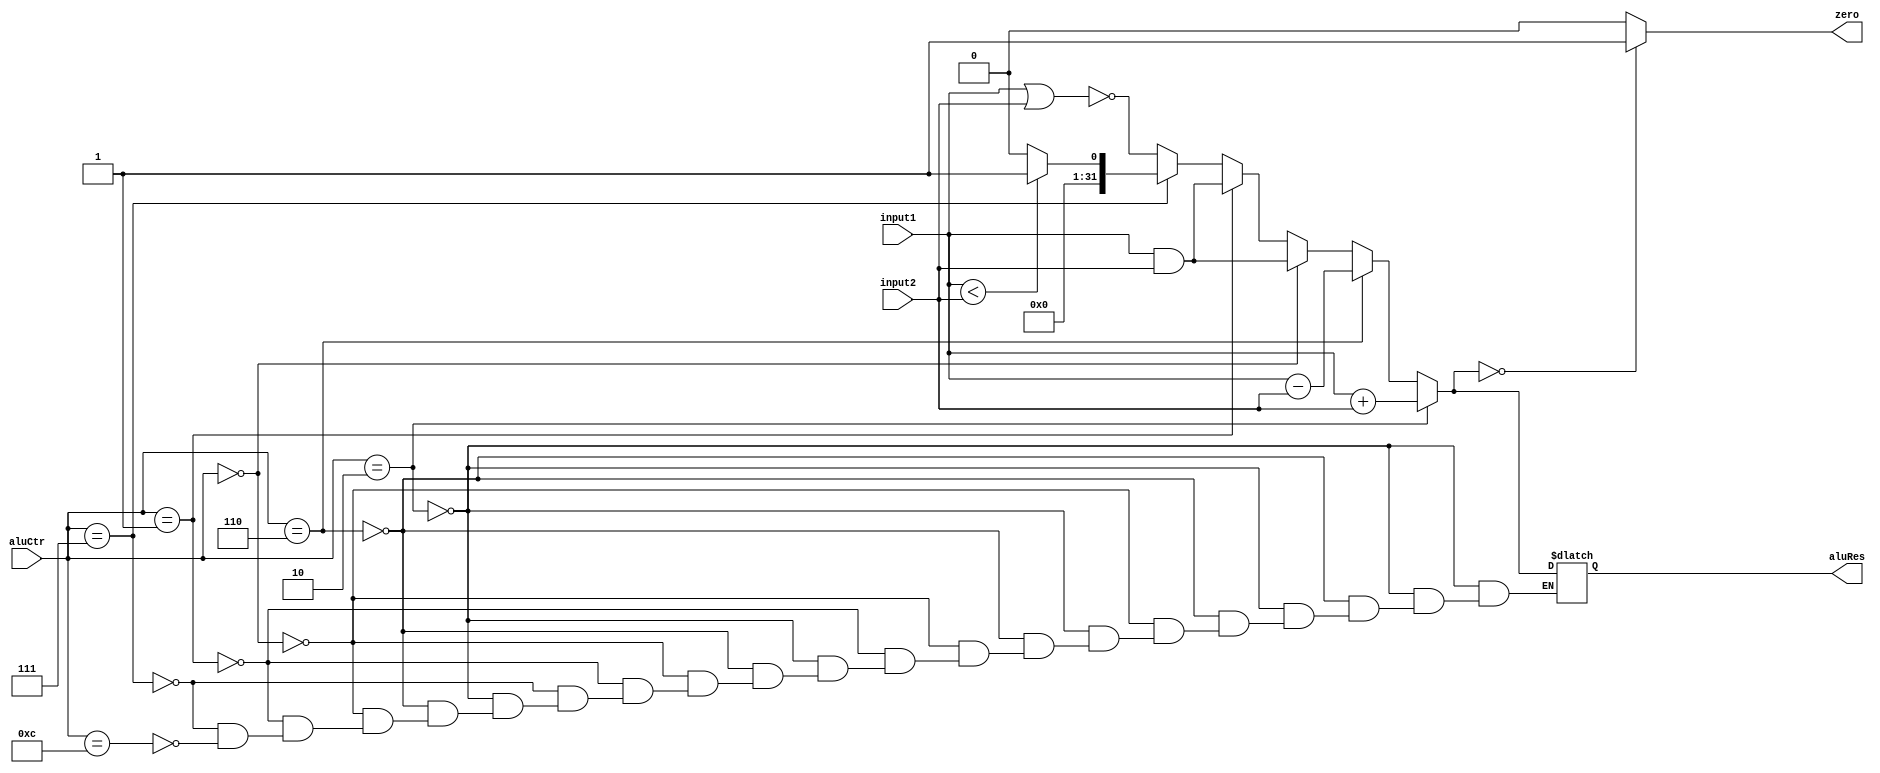
`timescale 1ns / 1ps
//////////////////////////////////////////////////////////////////////////////////
// Company: 
// Engineer: 
// 
// Design Name: 
// Module Name:    Alu 
// Project Name: 
// Target Devices: 
// Tool versions: 
// Description: 
//
// Dependencies: 
//
// Revision: 
// Revision 0.01 - File Created
// Additional Comments: 
//
//////////////////////////////////////////////////////////////////////////////////
module Alu(input1, input2, aluCtr, zero, aluRes);
    input [31:0] input1;
    input [31:0] input2;
    input [3:0] aluCtr;
    output zero;
    output [31:0] aluRes;
	reg zero;
	reg [31:0] aluRes;
	 
	always @ (input1 or input2 or aluCtr)
	begin
	    if (aluCtr == 4'b0010) //add
		    aluRes = input1 + input2;
		else if (aluCtr == 4'b0110) //sub
		    aluRes = input1 - input2;
		else if (aluCtr == 4'b0000) //and
		    aluRes = input1 & input2;
		else if (aluCtr == 4'b0001) //or
		    aluRes = input1 & input2;
		else if (aluCtr == 4'b0111) //slt
		    if (input1 < input2)
				aluRes = 1;
			else
				aluRes = 0;
		else if (aluCtr == 4'b1100) //NOR
        aluRes = ~(input1 | input2);
		  
		if (aluRes == 0)
			zero = 1;
		else
			zero = 0;
    end
endmodule